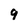
Character: 9